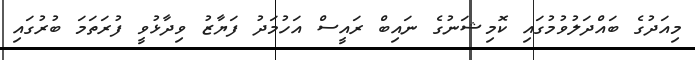
މިއަދުގެ ބައްދަލުވުމުގައި ކޮމިޝަނުގެ ނައިބް ރައީސް އަހުމަދު ފަޔާޒު ވިދާޅުވީ ފުރަތަމަ ބުރުގައި